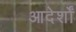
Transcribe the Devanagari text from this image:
आदेर्शों